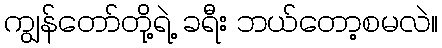
ကျွန်တော်တို့ရဲ့ ခရီး ဘယ်တော့စမလဲ။